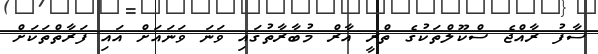
ސާފު ރާއްޖެ ސްކޫލްތަކުގެ ތްރީ އާރް މުބާރާތުގައި ވަނަ ވަނައަށް އައި ފަރާތްތަކަށް